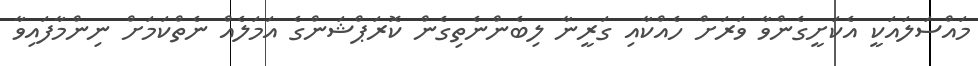
މައްސަލައަކީ އެކަށީގެންވާ ވަރަށް ހެއްކާއި ގަރީނާ ލިބެންނެތިގެން ކޮރަޕްޝަންގެ އަމަލެއް ނެތްކަމަށް ނިންމާފައިވާ